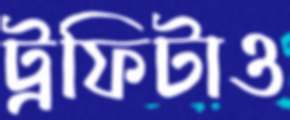
ট্রফিটাও